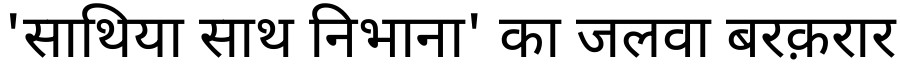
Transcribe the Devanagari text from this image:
'साथिया साथ निभाना' का जलवा बरक़रार